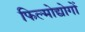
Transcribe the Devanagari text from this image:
फिल्मोद्योगों